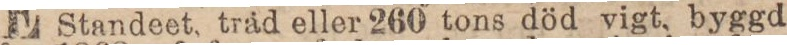
Standeet, trad eller 260 tons död vigt, byggd